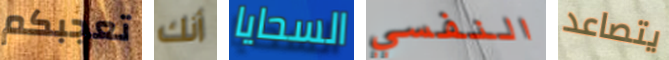
تعجبكم أنك السحايا النفسي يتصاعد